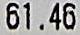
61.46